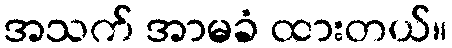
အသက် အာမခံ ထားတယ်။